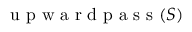
\mathrm { ~ u ~ p ~ w ~ a ~ r ~ d ~ p ~ a ~ s ~ s ~ } ( S )